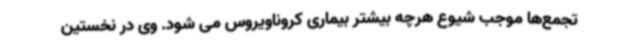
تجمع‌ها موجب شیوع هرچه بیشتر بیماری کروناویروس می شود. وی در نخستین